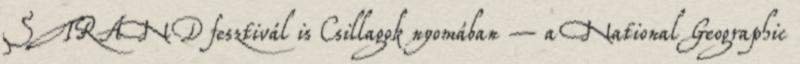
STRAND fesztivál is Csillagok nyomában – a National Geographic